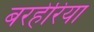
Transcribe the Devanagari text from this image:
बरहेरिया